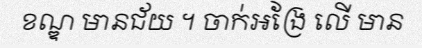
ខណ្ឌ មានជ័យ ។ ចាក់អង្រែ លើ មាន